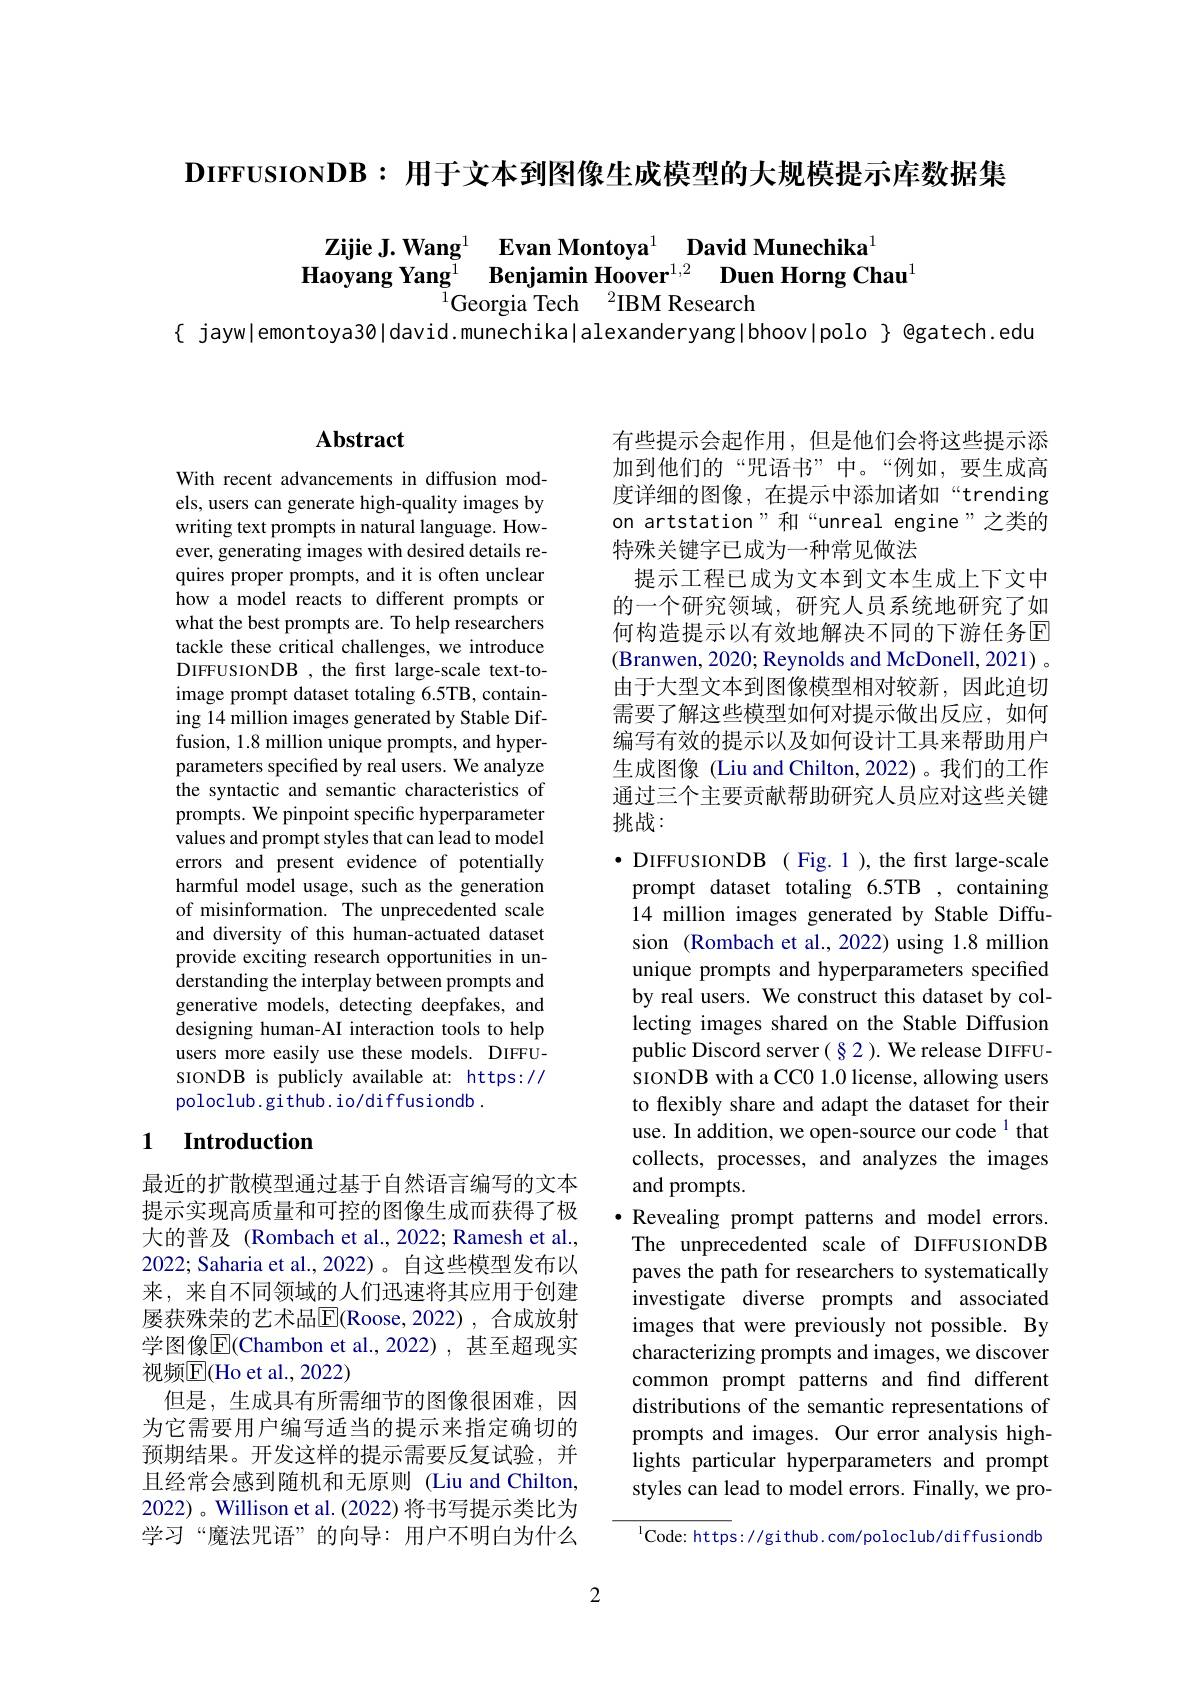
$DIFFUSIONDB:$用于文本到图像生成模型的大规模提示库数据集

$\begin{array}{cc}\textbf{Zijie J. Wang}^1&\textbf{Evan Montoya}^1&\textbf{David Munechika}^1\\\textbf{Haoyang Yang}^1&\text{Benjamin Hoover}^{1,2}&\textbf{Duen Horng Chau}^1\end{array}$
Georgia Tech$\:^2$IBM Research

{ jayw|emontoya3ø|david.munechika|alexanderyang|bhoov|polo } @gatech.edu

## $\mathbf{Abstract}$

With recent advancements in diffusion models, users can generate high-quality images by writing text prompts in natural language. However, generating images with desired details requires proper prompts, and it is often unclear how a model reacts to different prompts or what the best prompts are. To help researchers tackle these critical challenges, we introduce DIFFUSIONDB , the first large-scale text-toimage prompt dataset totaling 6.5TB, containing 14 million images generated by Stable Diffusion, 1.8 million unique prompts, and hyperparameters specified by real users. We analyze the syntactic and semantic characteristics of prompts. We pinpoint specific hyperparameter values and prompt styles that can lead to model errors and present evidence of potentially harmful model usage, such as the generation of misinformation. The unprecedented scale and diversity of this human-actuated dataset provide exciting research opportunities in understanding the interplay between prompts and generative models, detecting deepfakes, and designing human-AI interaction tools to help users more easily use these models. DIFFUsIONDB is publicly available at: https:// poloclub.github. io/diffusiondb.

## 1 Introduction

最近的扩散模型通过基于自然语言编写的文本提示实现高质量和可控的图像生成而获得了极大的普及(Rombach et al., 2022; Ramesh et al., 2022; Saharia et al., 2022)。自这些模型发布以来，来自不同领域的人们迅速将其应用于创建屡获殊荣的艺术品$\overline{\mathbb{E}}($Roose,2022),合成放射学图像$\overline{\mathrm{E}}($Chambon et al.,2022),甚至超现实视频$\mathbb{E}($Ho et al., 2022)
但是，生成具有所需细节的图像很困难，因为它需要用户编写适当的提示来指定确切的预期结果。开发这样的提示需要反复试验，并且经常会感到随机和无原则 (Liu and Chilton, 2022) 。Willison et al. (2022) 将书写提示类比为学习“魔法咒语”的向导：用户不明白为什么

挑战：

有些提示会起作用，但是他们会将这些提示添加到他们的“咒语书”中。“例如，要生成高度详细的图像，在提示中添加诸如“trending on artstation"和“unreal engine”之类的特殊关键字已成为一种常见做法
提示工程已成为文本到文本生成上下文中的一个研究领域，研究人员系统地研究了如何构造提示以有效地解决不同的下游任务回(Branwen, 2020; Reynolds and McDonell, 2021) 。由于大型文本到图像模型相对较新，因此迫切需要了解这些模型如何对提示做出反应，如何编写有效的提示以及如何设计工具来帮助用户生成图像(Liu and Chilton, 2022)。我们的工作通过三个主要贡献帮助研究人员应对这些关键$\bullet$ DIFFUSIONDB ( Fig. 1 ), the first large-scale prompt dataset totaling 6.5TB ,containing 14 million images generated by Stable Diffusion (Rombach et al., 2022) using 1.8 million unique prompts and hyperparameters specified by real users. We construct this dataset by collecting images shared on the Stable Diffusion public Discord server(§2). We release DIFFUsIONDB with a CC0 1.0 license, allowing users to flexibly share and adapt the dataset for their use. In addition, we open-source our code $^{1}$ that collects, processes, and analyzes the images and prompts.
$\bullet$ Revealing prompt patterns and model errors.
The unprecedented scale of DIFFUSIONDB paves the path for researchers to systematically investigate diverse prompts and associated images that were previously not possible. By characterizing prompts and images, we discover common prompt patterns and find different distributions of the semantic representations of prompts and images. Our error analysis highlights particular hyperparameters and prompt styles can lead to model errors. Finally, we pro- $^{1}$Code: https://gi thub. com/poloclub/diffusiondb

2